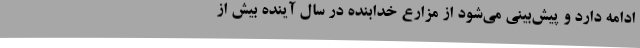
ادامه دارد و پیش‌بینی می‌شود از مزارع خدابنده در سال آینده بیش از